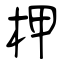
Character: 柙